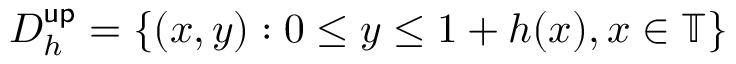
D _ { h } ^ { \mathsf { u p } } = \{ ( x , y ) : 0 \leq y \leq 1 + h ( x ) , x \in \mathbb { T } \}